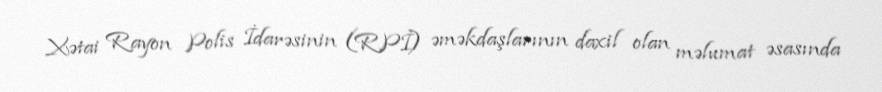
Xətai Rayon Polis İdarəsinin (RPİ) əməkdaşlarının daxil olan məlumat əsasında